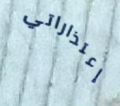
إعتذاراتي